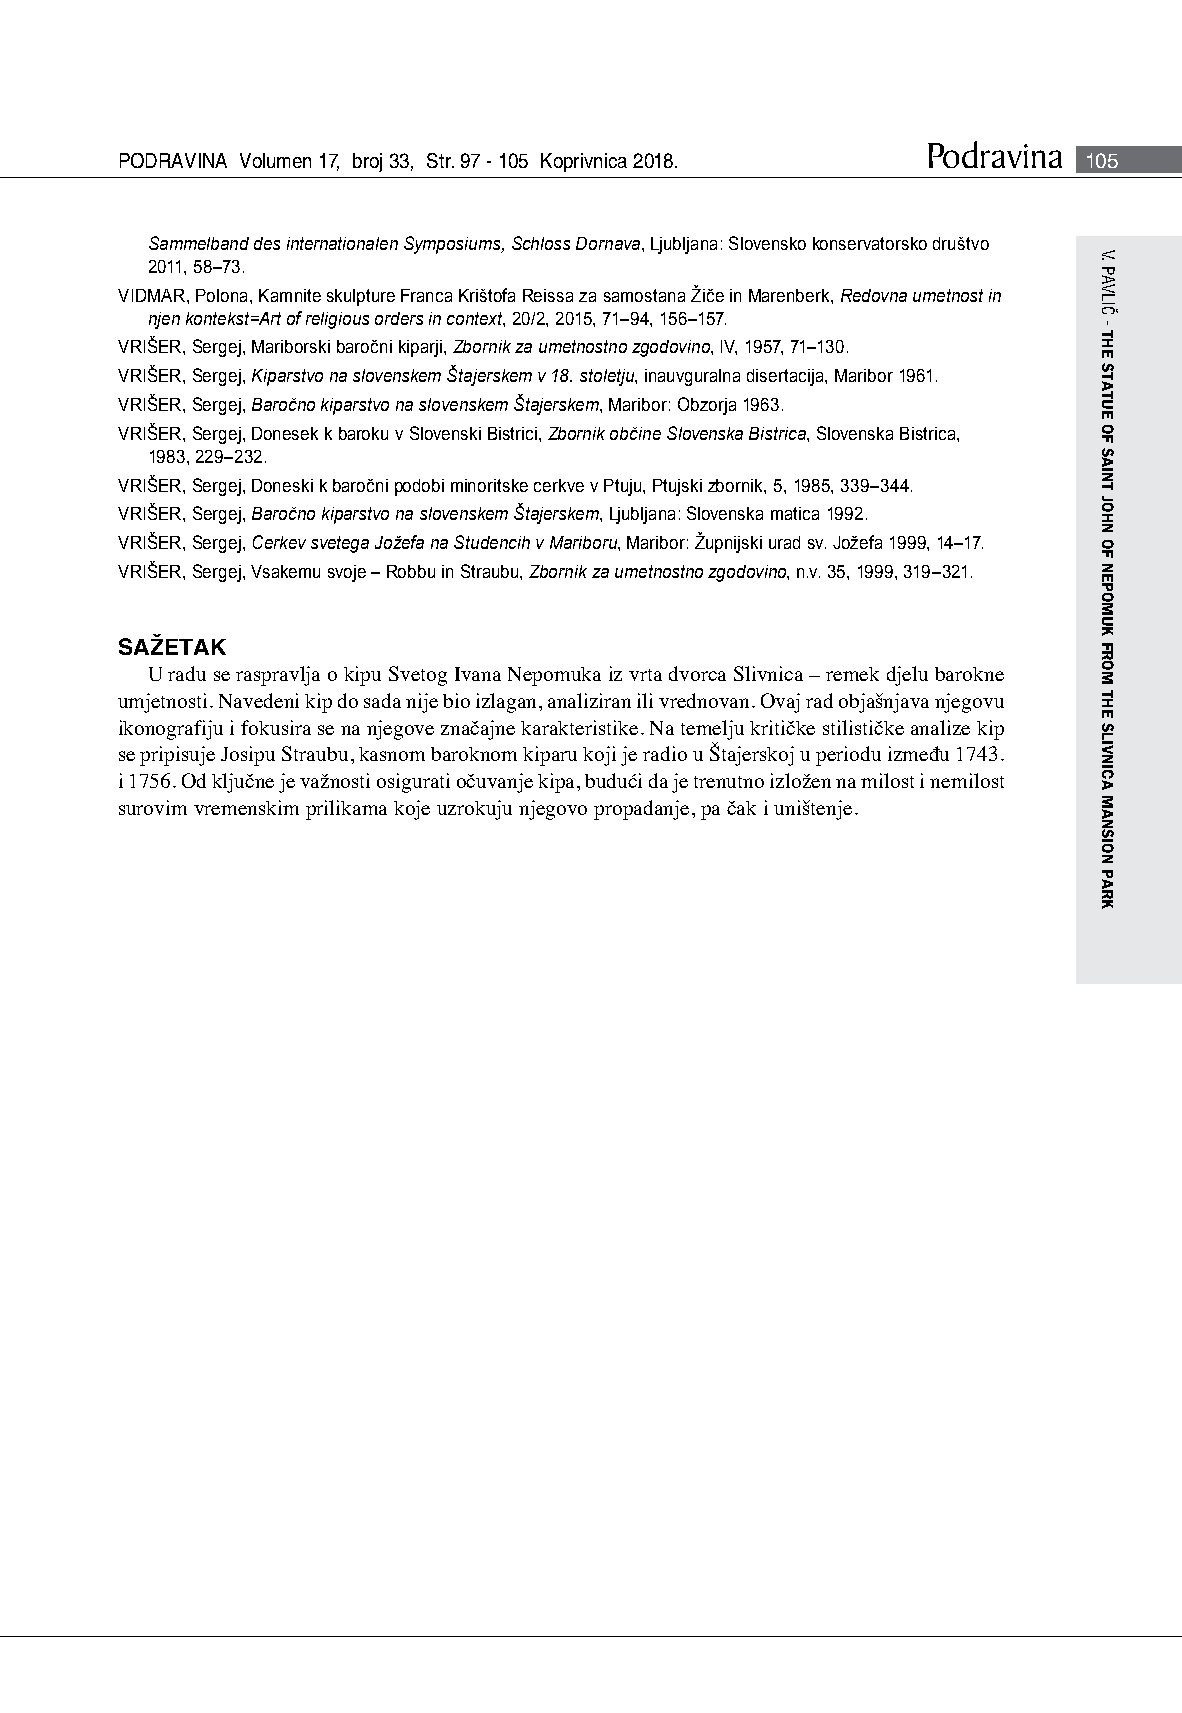
Podravina
 PODRAVINA Volumen 17, broj 33, Str. 97 - 105 Koprivnica 2018.   105
 Sammelband des internationalen Symposiums, Schloss Dornava, Ljubljana: Slovensko konservatorsko društvo
 2011, 58–73.
 VIDMAR, Polona, Kamnite skulpture Franca Krištofa Reissa za samostana Žiče in Marenberk, Redovna umetnost in
 njen kontekst=Art of religious orders in context, 20/2, 2015, 71–94, 156–157.
 VRIŠER, Sergej, Mariborski baročni kiparji, Zbornik za umetnostno zgodovino, IV, 1957, 71–130.
 VRIŠER, Sergej, Kiparstvo na slovenskem Štajerskem v 18. stoletju, inauvguralna disertacija, Maribor 1961.
 VRIŠER, Sergej, Baročno kiparstvo na slovenskem Štajerskem, Maribor: Obzorja 1963.
 VRIŠER, Sergej, Donesek k baroku v Slovenski Bistrici, Zbornik občine Slovenska Bistrica, Slovenska Bistrica,
 1983, 229–232.
 VRIŠER, Sergej, Doneski k baročni podobi minoritske cerkve v Ptuju, Ptujski zbornik, 5, 1985, 339–344.
 VRIŠER, Sergej, Baročno kiparstvo na slovenskem Štajerskem, Ljubljana: Slovenska matica 1992.
 VRIŠER, Sergej, Cerkev svetega Jožefa na Studencih v Mariboru, Maribor: Župnijski urad sv. Jožefa 1999, 14–17.
 VRIŠER, Sergej, Vsakemu svoje – Robbu in Straubu, Zbornik za umetnostno zgodovino, n.v. 35, 1999, 319–321.
 SAŽETAK
 U radu se raspravlja o kipu Svetog Ivana Nepomuka iz vrta dvorca Slivnica – remek djelu barokne
 umjetnosti. Navedeni kip do sada nije bio izlagan, analiziran ili vrednovan. Ovaj rad objašnjava njegovu
 ikonografiju i fokusira se na njegove značajne karakteristike. Na temelju kritičke stilističke analize kip
 se pripisuje Josipu Straubu, kasnom baroknom kiparu koji je radio u Štajerskoj u periodu između 1743.
 i 1756. Od ključne je važnosti osigurati očuvanje kipa, budući da je trenutno izložen na milost i nemilost
 surovim vremenskim prilikama koje uzrokuju njegovo propadanje, pa čak i uništenje.
 V.
 PAVLIČ
 -
 THE
 STATUE
 OF
 SAINT
 JOHN
 OF
 NEPOMUK
 FROM
 THE
 SLIVNICA
 MANSION
 PARK